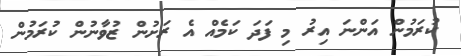
ކުރަމުން އަންނަ އިރު މި ފަދަ ކަމެއް އެ ރަށުން ޒުވާނުން ކުރަމުން